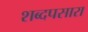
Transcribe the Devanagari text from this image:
शब्दपसारा